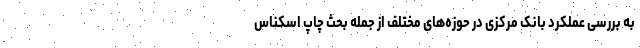
به بررسی عملکرد بانک مرکزی در حوزه‌های مختلف از جمله بحث چاپ اسکناس